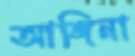
আঙ্গিনা